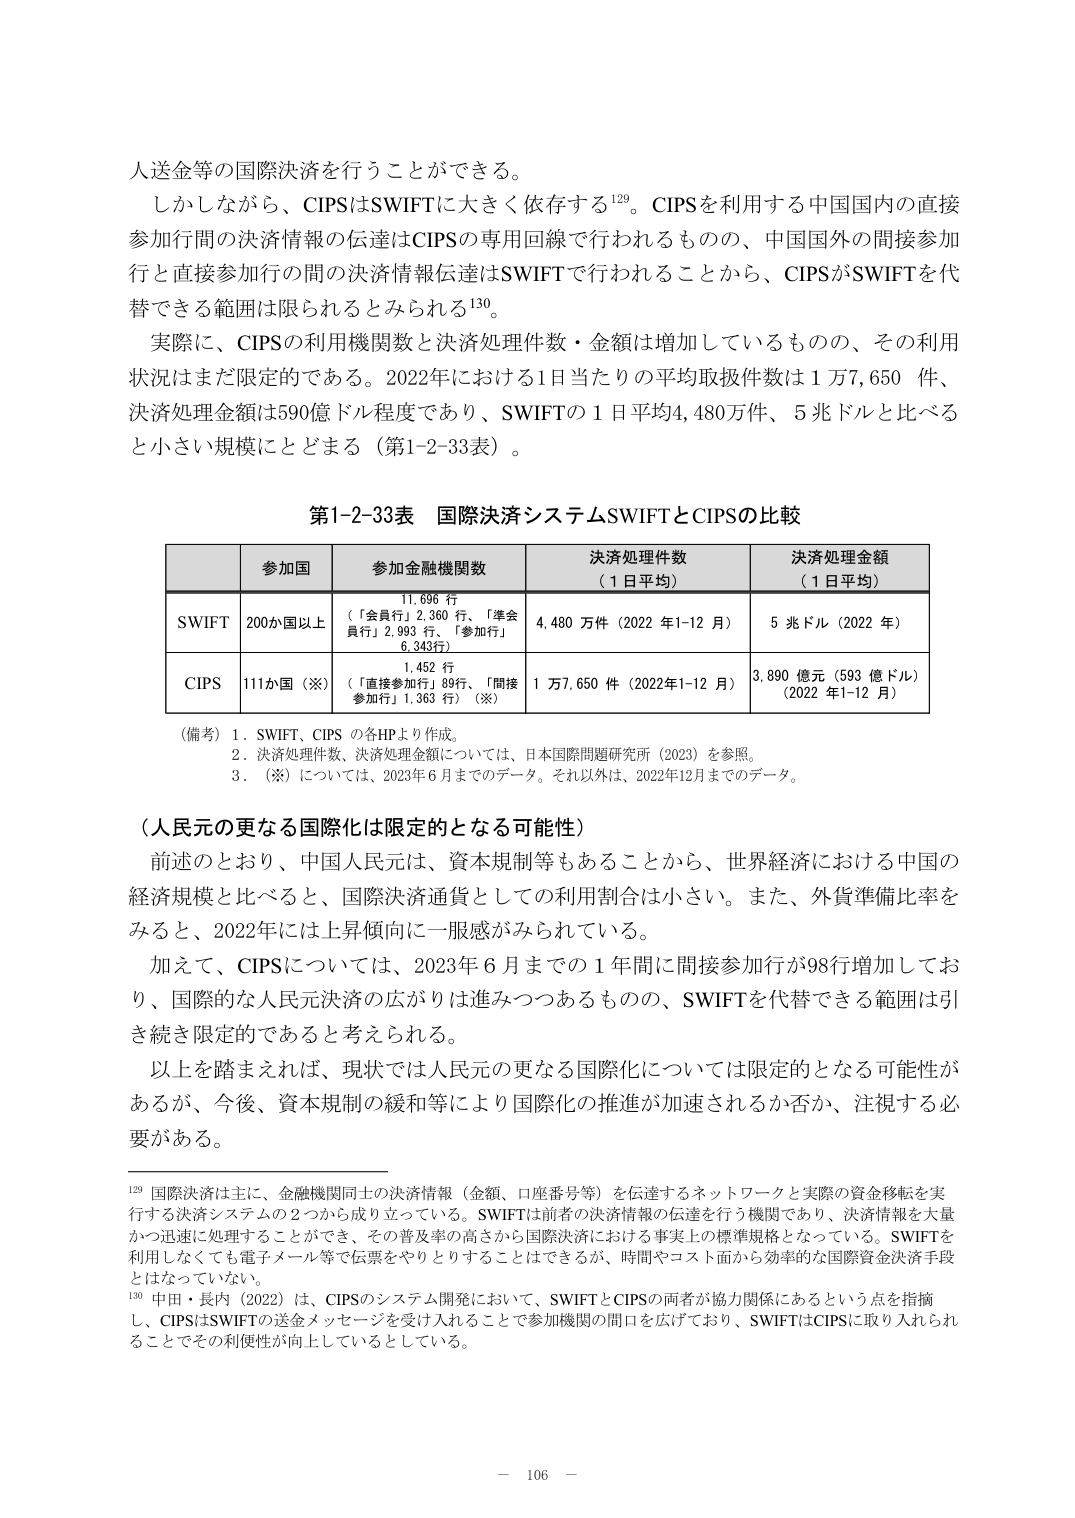
人送金等の国際決済を行うことができる。

しかしながら、CIPSはSWIFTに大きく依存する¹²⁹。CIPSを利用する中国国内の直接参加行間の決済情報の伝達はCIPSの専用回線で行われるもの、中国国外の間接参加行と直接参加行の間の決済情報伝達はSWIFTで行われることから、CIPSがSWIFTを代替できる範囲は限られるとみられる¹³⁰。

実際に、CIPSの利用機関数と決済処理件数・金額は増加しているものの、その利用状況はまだ限定的である。2022年における1日当たりの平均取扱件数は1万7,650件、決済処理金額は590億ドル程度であり、SWIFTの1日平均4,480万件、5兆ドルと比べると小さい規模にとどまる（第1-2-33表）。

第1-2-33表 国際決済システムSWIFTとCIPSの比較

| | 参加国 | 参加金融機関数 | 決済処理件数（1日平均） | 決済処理金額（1日平均） |
|---|---|---|---|---|
| SWIFT | 200か国以上 | 11,696行（「会員行」2,360行、「準会員行」2,993行、「参加行」6,343行） | 4,480万件（2022年1-12月） | 5兆ドル（2022年） |
| CIPS | 111か国（※） | 1,452行（「直接参加行」89行、「間接参加行」1,363行）（※） | 1万7,650件（2022年1-12月） | 3,890億元（593億ドル）（2022年1-12月） |

（備考）1. SWIFT、CIPSの各HPより作成。
2. 決済処理件数、決済処理金額については、日本国際問題研究所（2023）を参照。
3. （※）については、2023年6月までのデータ。それ以外は、2022年12月までのデータ。

（人民元の更なる国際化は限定的となる可能性）

前述のとおり、中国人民元は、資本規制等もあることから、世界経済における中国の経済規模と比べると、国際決済通貨としての利用割合は小さい。また、外貨準備比率をみると、2022年には上昇傾向に一服感がみられている。

加えて、CIPSについては、2023年6月までの1年間に間接参加行が98行増加しており、国際的な人民元決済の広がりは進みつつあるものの、SWIFTを代替できる範囲は引き続き限定的であると考えられる。

以上を踏まえれば、現状では人民元の更なる国際化については限定的となる可能性があるが、今後、資本規制の緩和等により国際化の推進が加速されるか否か、注視する必要がある。

¹²⁹ 国際決済は主に、金融機関同士の決済情報（金額、口座番号等）を伝達するネットワークと実際の資金移転を実行する決済システムの2つから成り立っている。SWIFTは前者の決済情報の伝達を行う機関であり、決済情報を大量かつ迅速に処理することができ、その普及率の高さから国際決済における事実上の標準規格となっている。SWIFTを利用しなくても電子メール等で伝票をやりとりすることはできるが、時間やコスト面から効率的な国際資金決済手段とはなっていない。

¹³⁰ 中田・長内（2022）は、CIPSのシステム開発において、SWIFTとCIPSの両者が協力関係にあるという点を指摘し、CIPSはSWIFTの送金メッセージを受け入れることで参加機関の開口を広げており、SWIFTはCIPSに取り入れられることでその利便性が向上しているとしている。

— 106 —